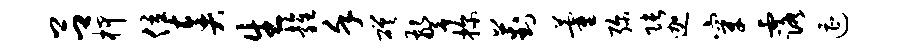
吕柙位奏生雍堇磋警探葑藿弥张迦穿露遭